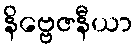
နိဗ္ဗေဇနီယာ